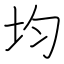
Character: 均